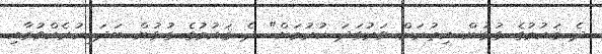
ދެ ޤައުމުގެ ގުޅުން އިތުރަށް ވަރުގަދަ ކުރުމަށް" ދެ ޤައުމުގެ ގުޅުން ބަދަހިކުރެއްވުމާއި